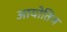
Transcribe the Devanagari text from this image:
आयोतिज